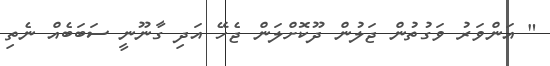
" އަންވަރު ވަގުތުން ޖަލުން ދޫކޮށްލަން ޖެހޭ އަދި ގާނޫނީ ސަބަބެއް ނެތި